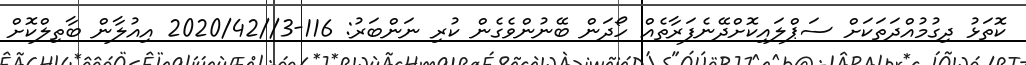
ކޮތަޅު ދިގުމުއްދަތަކަށް ސަޕްލައިކޮށްދޭނެފަރާތެއް ހޯދަން ބޭނުންވެގެން ކުރި ނަންބަރު: 116-3//2020/42 އިއުލާން ބާތިލްކޮށް